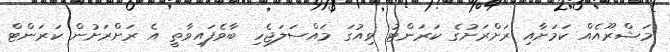
މަޝްރޫއެއް ކަމަށާއި ރަށްރަށުގެ ކަރަންޓު ވިއުގަ މައްސަލަޖެހި ބާވެފައިވާތީ އެ ރަށްރަށުން ކަރަންޓް